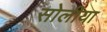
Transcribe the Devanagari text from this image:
सोलीया